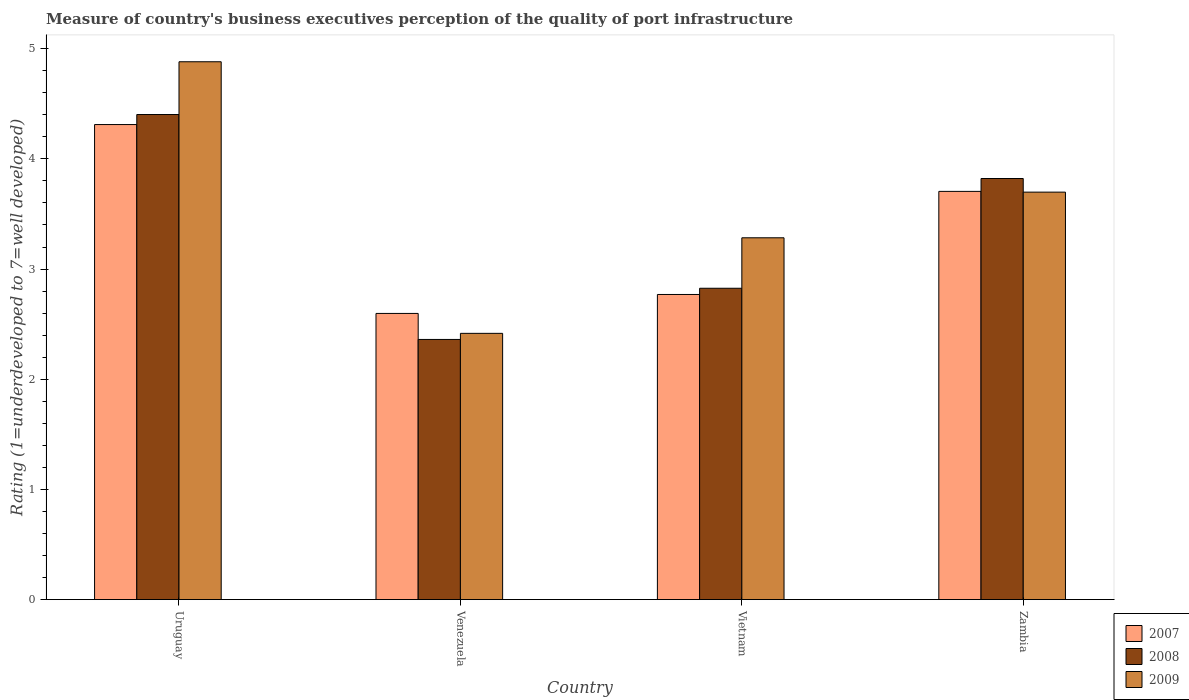
| Country | 2007 | 2008 | 2009 |
 | --- | --- | --- | --- |
 | Uruguay | 4.31 | 4.4 | 4.88 |
 | Venezuela | 2.6 | 2.36 | 2.42 |
 | Vietnam | 2.77 | 2.83 | 3.28 |
 | Zambia | 3.7 | 3.82 | 3.7 |